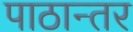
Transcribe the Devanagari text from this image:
पाठान्तर